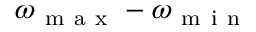
\omega _ { \mathrm { ~ m ~ a ~ x ~ } } - \omega _ { \mathrm { ~ m ~ i ~ n ~ } }